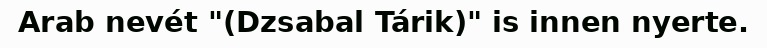
Arab nevét "(Dzsabal Tárik)" is innen nyerte.